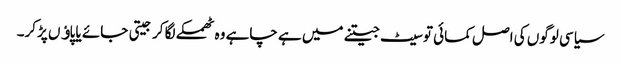
سیاسی لوگوں کی اصل کمائی تو سیٹ جیتنے میں ہے چاہے وہ ٹھمکے لگا کر جیتی جائے یا پاﺅں پڑکر۔